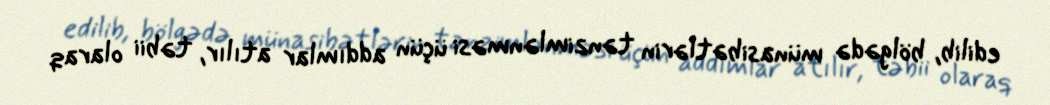
edilib, bölgədə münasibətlərin tənzimlənməsi üçün addımlar atılır, təbii olaraq